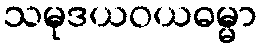
သမုဒယဝယဓမ္မာ